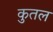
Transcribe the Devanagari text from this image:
कुतल